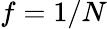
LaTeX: f=1/N